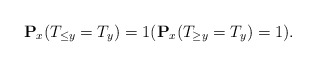
\begin{align*}\mathbf{P}_x(T_{\leq y}=T_y)=1 ( \mathbf{P}_x(T_{\geq y}=T_y)=1). \end{align*}